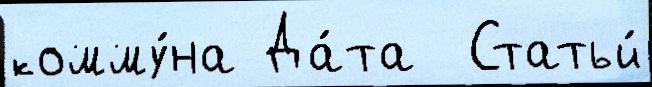
комму́на Да́та  Статьи́